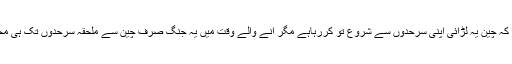
اہم با ت یہ ہے کہ چین یہ لڑائی اپنی سرحدوں سے شروع تو کررہاہے مگر آنے والے وقت میں یہ جنگ صرف چین سے ملحقہ سرحدوں تک ہی محدود رہے گی ۔